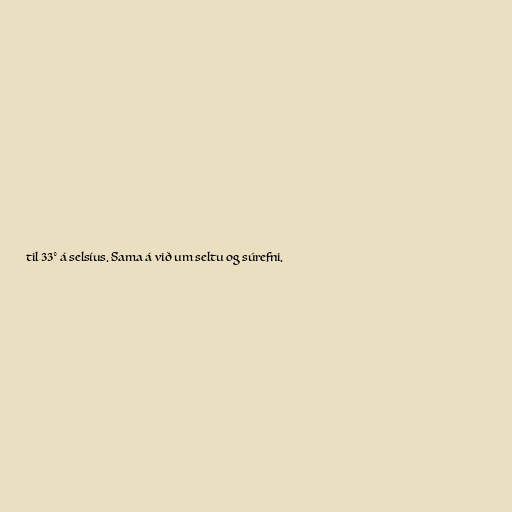
til 33° á selsíus. Sama á við um seltu og súrefni.